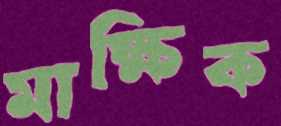
মাক্ষিক